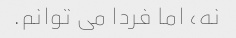
نه، اما فردا می توانم.